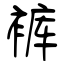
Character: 裤